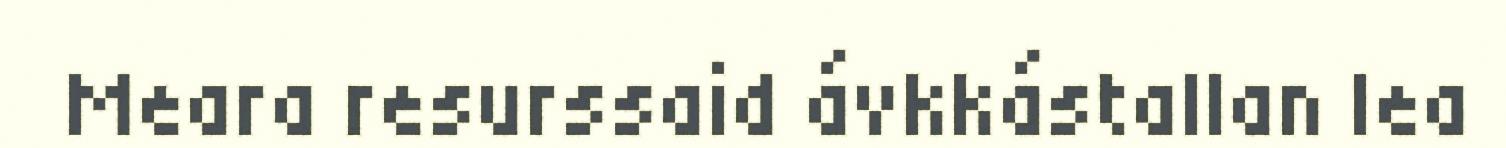
Meara resurssaid ávkkástallan lea